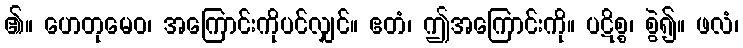
၏။ ဟေတုမေဝ၊ အကြောင်းကိုပင်လျှင်။ ဧတံ၊ ဤအကြောင်းကို။ ပဋိစ္စ၊ စွဲ၍။ ဖလံ၊